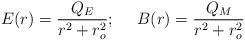
LaTeX: \begin{align*}E(r)=\frac{Q_E}{r^2+r_o^2}; \ \ \ \ B(r)=\frac{Q_M}{r^2+r_o^2}\end{align*}